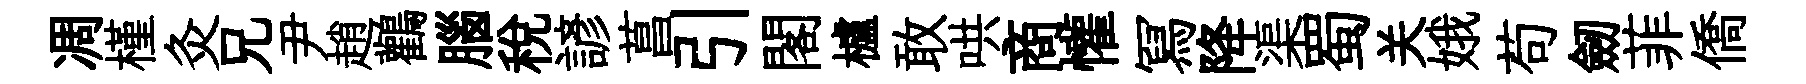
凋槿灸兄尹趙鸛腦稅諺菖引閣櫨敢哄商懽冩降渠蜀关娥苟劒菲僑